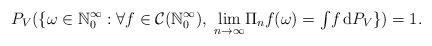
LaTeX: \begin{align*} P_{V}(\{\omega \in \mathbb{N}_{0}^{\infty}: \forall f \in \mathcal{C}(\mathbb{N}_{0}^{\infty}), \; \underset{n\rightarrow \infty}{\lim} \Pi _{n} f(\omega)=\textstyle\int \!f \, \mathrm{d}P_{V}\}) = 1.\end{align*}